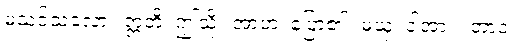
မသင့်သလော။ ဣတိ၊ ဤသို့။ အာဟ၊ ပြော၏။ မယှံ၊ ငါ့အား။ တာဝ၊